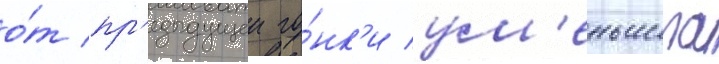
о́т пр'едыдущеи го́нк'и ум'еньшила